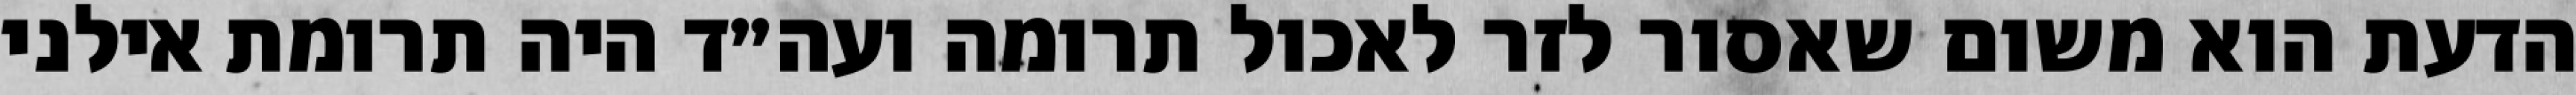
הדעת הוא משום שאסור לזר לאכול תרומה ועה״ד היה תרומת אילני